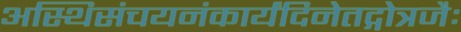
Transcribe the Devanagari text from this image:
अस्थिसंचयनंकार्यंदिनेतद्गोत्रजैः